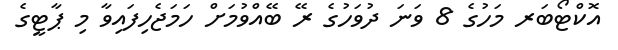
އޮކްޓޯބަރ މަހުގެ 8 ވަނަ ދުވަހުގެ ރޭ ބޭއްވުމަށް ހަމަޖެހިފައިވާ މި ޕާޓީގެ